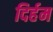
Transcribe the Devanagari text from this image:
दिर्हम